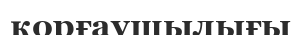
қорғаушылығы